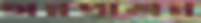
অন্নপ্রাশন